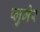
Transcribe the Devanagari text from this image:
प्लुमेर